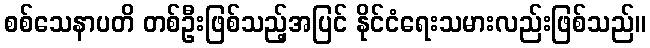
စစ်သေနာပတိ တစ်ဦးဖြစ်သည့်အပြင် နိုင်ငံရေးသမားလည်းဖြစ်သည်။